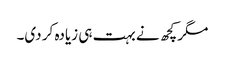
مگر کچھ نے بہت ہی زیادہ کر دی۔